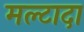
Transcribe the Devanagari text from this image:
मल्टादा